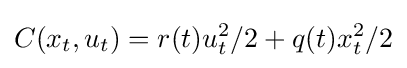
C(x_{t},u_{t})=r(t)u_{t}^{2}/2+q(t)x_{t}^{2}/2